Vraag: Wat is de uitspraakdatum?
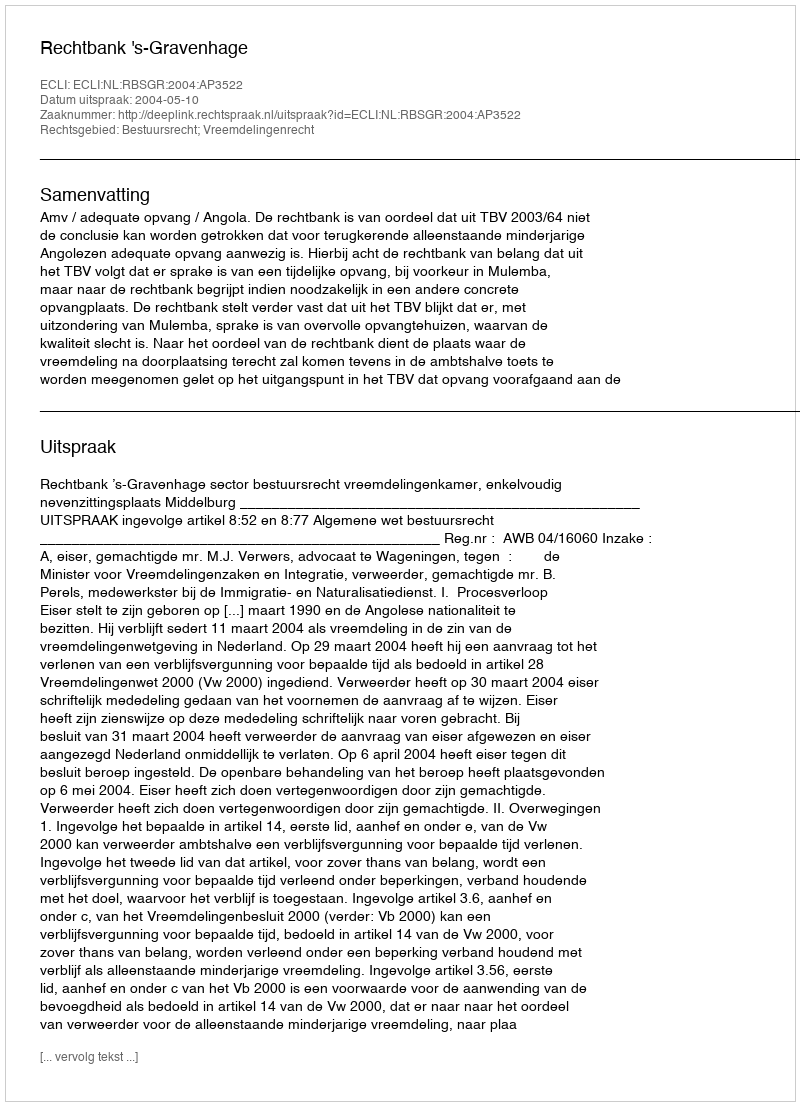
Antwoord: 2004-05-10